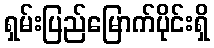
ရှမ်းပြည်မြောက်ပိုင်းရှိ